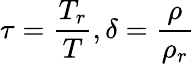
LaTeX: \tau={\frac{T_{r}}{T}},\delta={\frac{\rho}{\rho_{r}}}